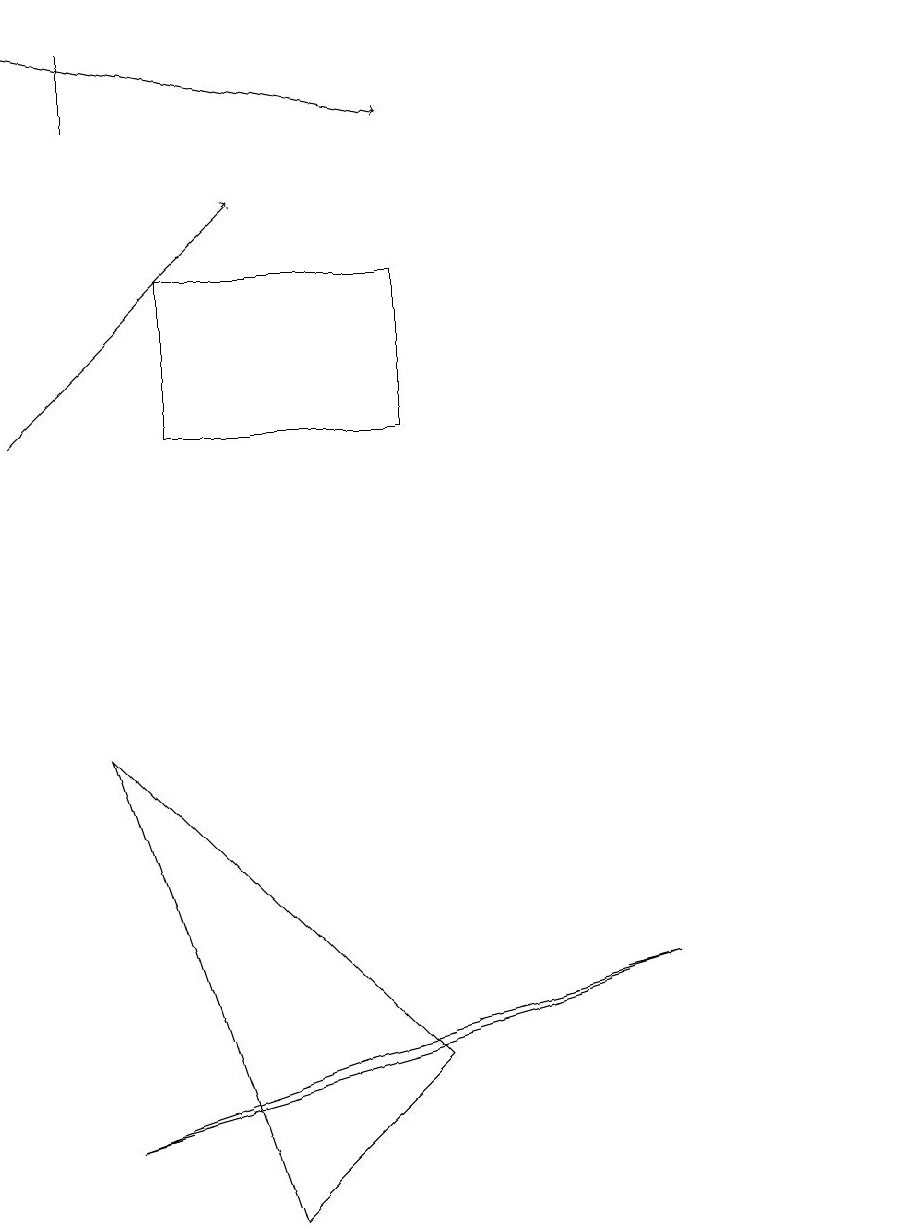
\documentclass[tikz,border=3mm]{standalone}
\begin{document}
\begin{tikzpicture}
\draw (10,11) circle (0);
\draw[->] (0,17) -- (5,16);
\draw (11,11) circle (0);
\draw (5,4) -- (3,2) -- (1,8) -- cycle;
\draw[->] (0,12) -- (3,15);
\draw (1,3) -- (8,5) -- (4,4) -- cycle;
\draw (5,14) rectangle (2,12);
\draw (1,17) rectangle (1,16);
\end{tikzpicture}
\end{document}